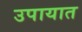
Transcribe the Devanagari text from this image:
उपायात